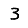
Digit: 3